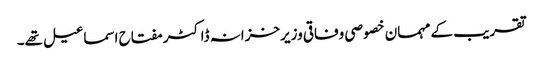
تقریب کے مہمان خصوصی وفاقی وزیرخزانہ ڈاکٹر مفتاح اسماعیل تھے۔